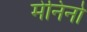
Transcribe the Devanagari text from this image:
मेनिनो